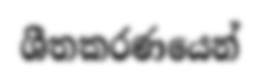
ශීතකරණයෙන්